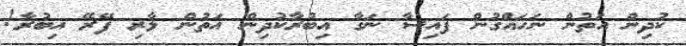
ކުދިން އަތުން ނަހައްގުން ފައިސާ ނަގާ އިބުރާކުދިން އަތުން ލާރި ފޭރޭ އިބުރާ!